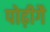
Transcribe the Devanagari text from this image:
पोढ़ीगै